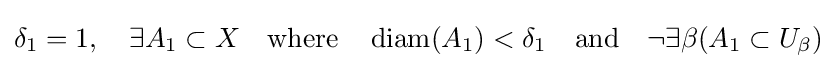
\delta _{1}=1,\quad \exists A_{1}\subset X\quad {\text{where}}\quad \operatorname {diam} (A_{1})<\delta _{1}\quad {\text{and}}\quad \neg \exists \beta (A_{1}\subset U_{\beta })